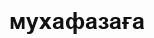
мухафазаға